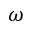
\omega